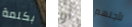
بكلمة أو لأجلهم